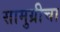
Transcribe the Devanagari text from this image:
सामुग्रीचा